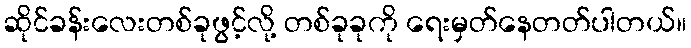
ဆိုင်ခန်းလေးတစ်ခုဖွင့်လို့ တစ်ခုခုကို ရေးမှတ်နေတတ်ပါတယ်။